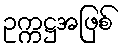
ဥက္ကဋ္ဌအဖြစ်